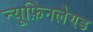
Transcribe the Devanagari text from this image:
न्यूफ़िनलैण्ड